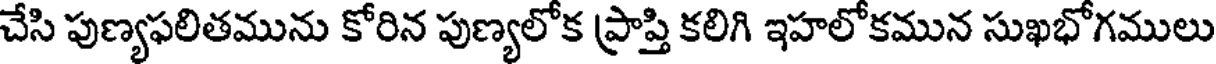
చేసి పుణ్యఫలితమును కోరిన పుణ్యలోక ప్రాప్తి కలిగి ఇహలోకమున సుఖభోగములు